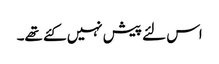
اس لئے پیش نہیں کئے تھے۔